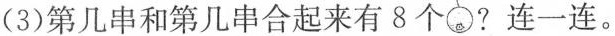
(3)第几串和第几串合起来有8个 ?连一连。